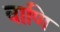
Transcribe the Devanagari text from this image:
वाणि